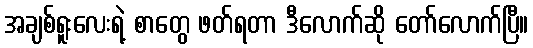
အချစ်ရူးလေးရဲ့ စာတွေ ဖတ်ရတာ ဒီလောက်ဆို တော်လောက်ပြီ။